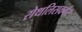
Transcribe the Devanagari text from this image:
रोथलिसवर्गर